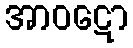
အာဝဋော